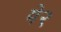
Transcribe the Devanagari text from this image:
ये२